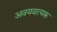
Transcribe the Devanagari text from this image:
अवयवात्मक